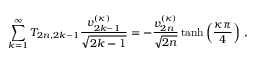
\sum _ { k = 1 } ^ { \infty } T _ { 2 n , 2 k - 1 } \frac { v _ { 2 k - 1 } ^ { ( \kappa ) } } { \sqrt { 2 k - 1 } } = - \frac { v _ { 2 n } ^ { ( \kappa ) } } { \sqrt { 2 n } } \operatorname { t a n h } \left( \frac { \kappa \pi } { 4 } \right) \, ,